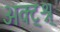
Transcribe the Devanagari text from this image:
अक्ट्श्न्